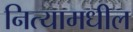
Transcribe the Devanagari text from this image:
नित्यामधील